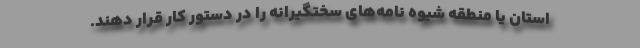
استان یا منطقه شیوه نامه‌های سختگیرانه را در دستور کار قرار دهند.